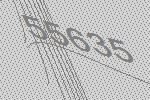
55635